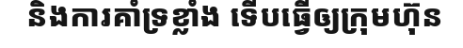
និងការគាំទ្រខ្លាំង ទើបធ្វើឲ្យក្រុមហ៊ុន